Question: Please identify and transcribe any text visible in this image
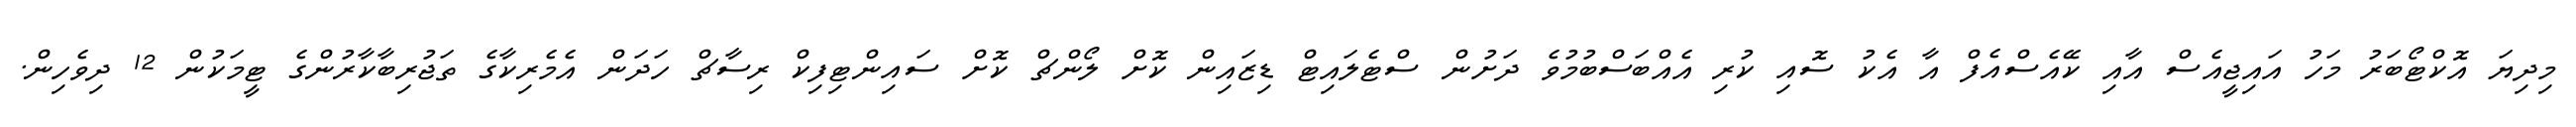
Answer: މިދިޔަ އޮކްޓޯބަރު މަހު އައިޖީއެސް އާއި ކޭއެސްއެފް އާ އެކު ސޮއި ކުރި އެއްބަސްބުމުވެ ދަށުން ސްޓެލައިޓް ޑިޒައިން ކޮށް ލޯންޗް ކޮށް ސައިންޓިފިކް ރިސާޗް ހަދަން އެމެރިކާގެ ތަޖުރިބާކާރުންގެ ޓީމަކުން 12 ދިވެހިން.